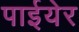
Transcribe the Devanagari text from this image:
पाईयेर